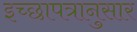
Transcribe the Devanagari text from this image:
इच्छापत्रानुसार